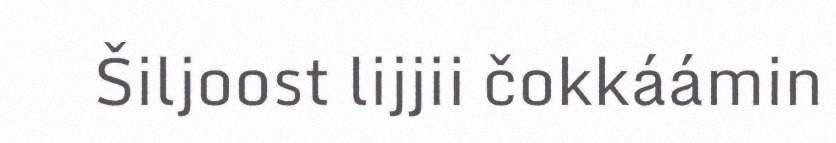
Šiljoost lijjii čokkáámin